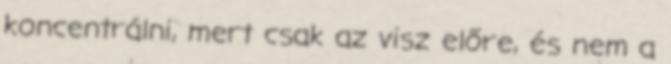
koncentrálni, mert csak az visz előre, és nem a